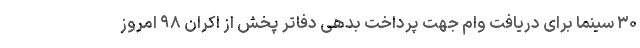
۳۰ سینما برای دریافت وام جهت پرداخت بدهی دفاتر پخش از اکران ۹۸ امروز